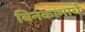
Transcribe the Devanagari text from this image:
बिनकामाचे